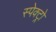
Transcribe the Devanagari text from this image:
स्पेक्ट्रो